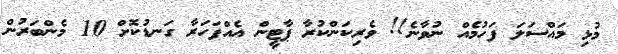
މުޅި މައްސަލަ ފަހުމެއް ނުވާނެ!! ވެރިކަންކުރާ ޕާޓީން އެއްފަހަރާ ގަނޑުކޮށް 10 މެންބަރުން